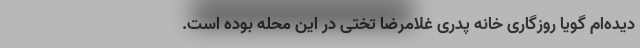
دیده‌ام گویا روزگاری خانه پدری غلامرضا تختی در این محله بوده است.